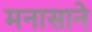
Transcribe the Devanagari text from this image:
मनासाने